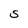
Character: S